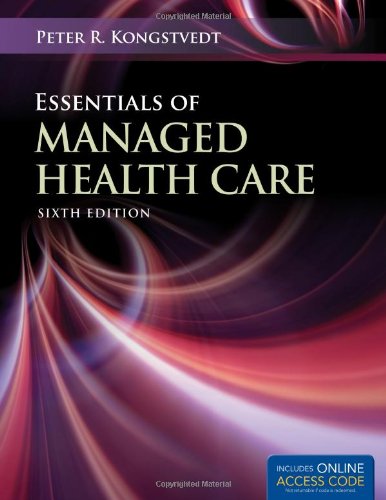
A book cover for Hidden; Peter R. Kongstvedt; Medical Books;